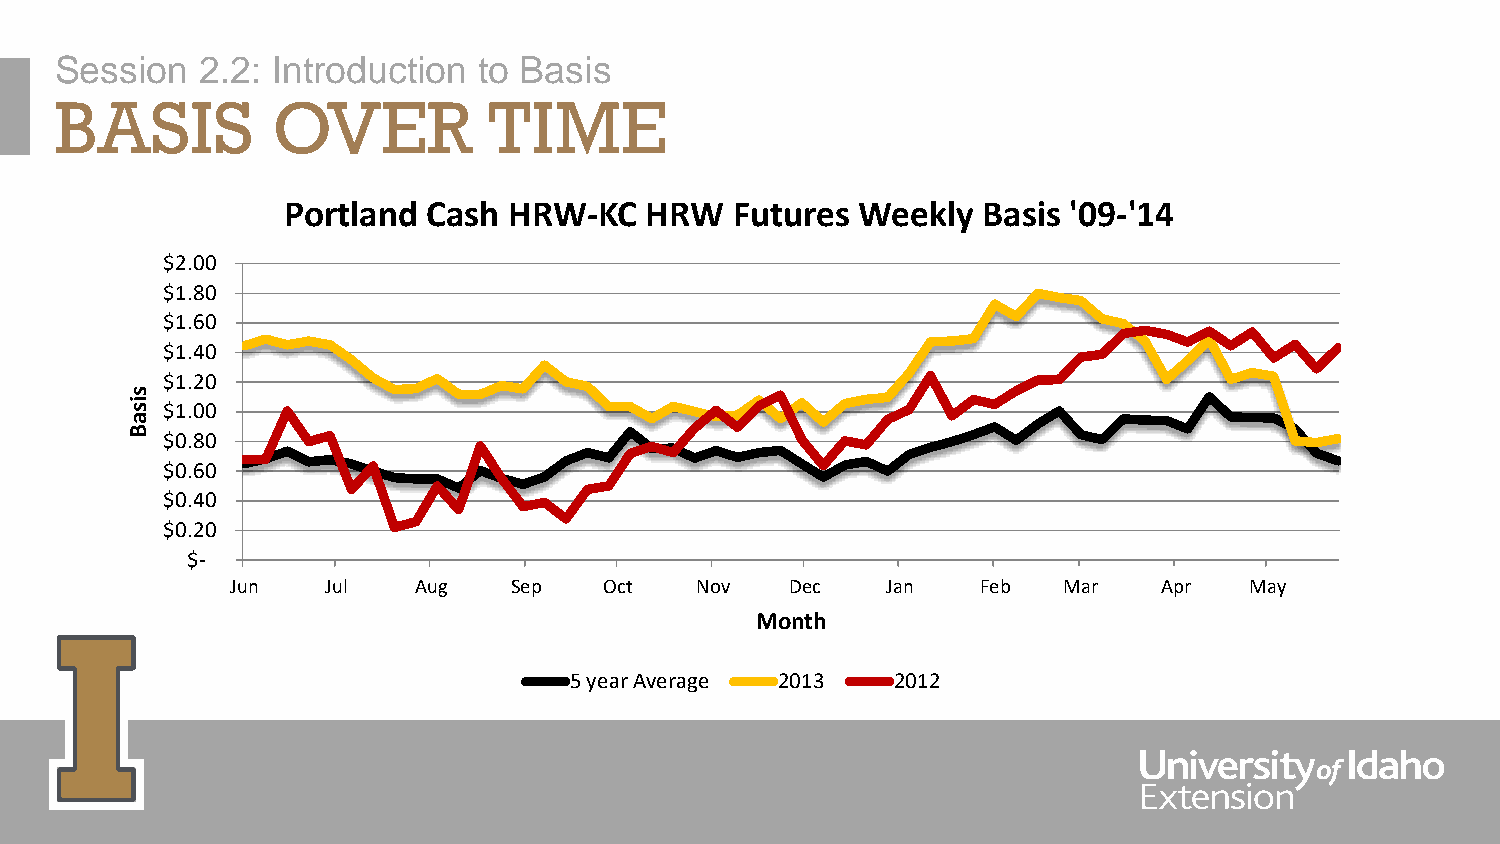
Session  2.2: Introduction  to Basis
 BASIS         OVER          TIME
 Portland Cash  HRW-KC   HRW   Futures Weekly  Basis '09-'14
 $2.00
 $1.80
 $1.60
 $1.40
 $1.20
 s
 is $1.00
 a
 B
 $0.80
 $0.60
 $0.40
 $0.20
 $-
 Jun    Jul  Aug    Sep   Oct   Nov   Dec    Jan   Feb  Mar    Apr   May
 Month
 5 year Average 2013  2012